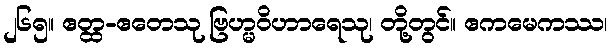
၂၆၅။ ဧတ္ထ-ဧတေသု ဗြဟ္မဝိဟာရေသု၊ တို့တွင်။ ဧကမေကဿ၊